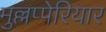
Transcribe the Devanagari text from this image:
मुल्लप्पेरियार